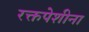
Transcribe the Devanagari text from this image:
रक्तपेशीना